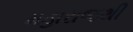
મહારાજથી